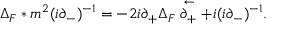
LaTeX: \Delta _ { F } \ast m ^ { 2 } ( i \partial _ { - } ) ^ { - 1 } = - 2 i \partial _ { + } \Delta _ { F } \stackrel { \leftarrow } { \partial _ { + } } + i ( i \partial _ { - } ) ^ { - 1 } .